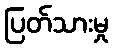
ပြတ်သားမှု